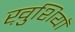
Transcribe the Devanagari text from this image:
ख़ुशियाॅ